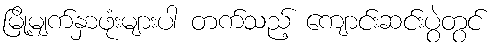
မြို့မျက်နှာဖုံးများပါ တက်သည့် ကျောင်းဆင်းပွဲတွင်